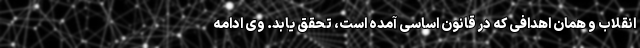
انقلاب و همان اهدافی که در قانون اساسی آمده است، تحقق یابد. وی ادامه